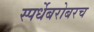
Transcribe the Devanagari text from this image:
स्पर्धेबरोबरच